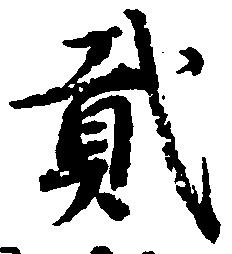
弐